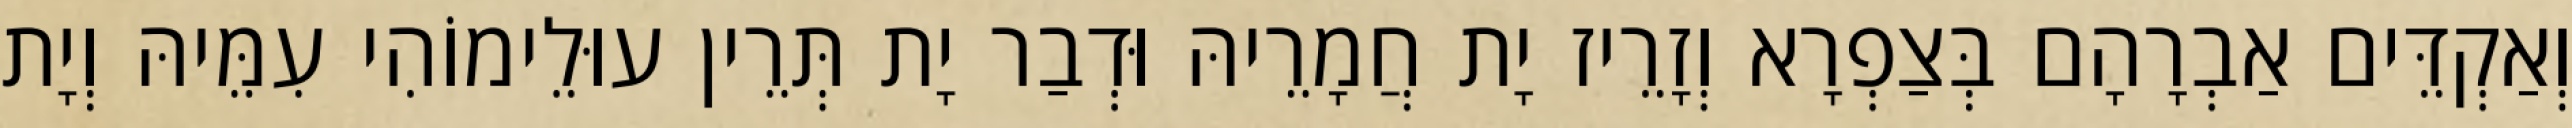
וְאַקְדֵּים אַבְרָהָם בְּצַפְרָא וְזָרֵיז יָת חֲמָרֵיהּ וּדְבַר יָת תְּרֵין עוּלֵימוֹהִי עִמֵּיהּ וְיָת